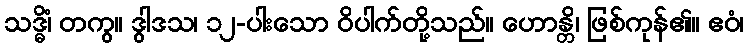
သဒ္ဓိံ၊ တကွ။ ဒွါဒသ၊ ၁၂-ပါးသော ဝိပါက်တို့သည်။ ဟောန္တိ၊ ဖြစ်ကုန်၏။ ဧဝံ၊